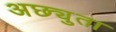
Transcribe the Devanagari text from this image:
अछ्युता